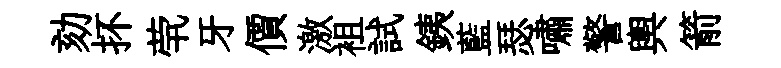
劾抔茕牙價激袓試銕藍瑟嘯警輿箭